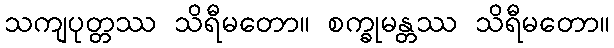
သကျပုတ္တဿ သိရီမတော။ စက္ခုမန္တဿ သိရီမတော။